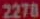
2278